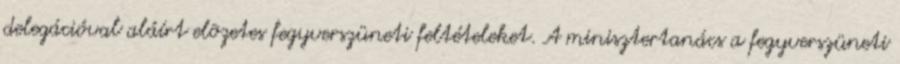
delegációval aláírt elõzetes fegyverszüneti feltételeket. A minisztertanács a fegyverszüneti